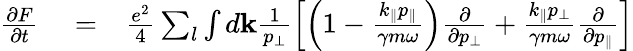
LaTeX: \begin{array}{rlr}{\frac{\partial F}{\partial t}}&{{}=}&{\frac{e^{2}}{4}\sum_{l}\int d\textbf{k}\frac{1}{p_{\perp}}\left[\left(1-\frac{k_{\parallel}p_{\parallel}}{\gamma m\omega}\right)\frac{\partial}{\partial p_{\perp}}+\frac{k_{\parallel}p_{\perp}}{\gamma m\omega}\frac{\partial}{\partial p_{\parallel}}\right]}\end{array}